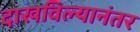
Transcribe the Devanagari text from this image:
दाखविल्यानंतर